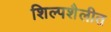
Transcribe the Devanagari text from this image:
शिल्पशैलीत